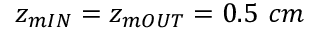
z _ { m I N } = z _ { m O U T } = 0 . 5 ~ c m